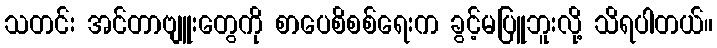
သတင်း အင်တာဗျူးတွေကို စာပေစိစစ်ရေးက ခွင့်မပြူဘူးလို့ သိရပါတယ်။